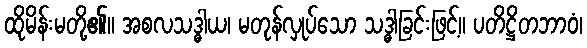
ထိုမိန်းမတို့၏။ အစလသဒ္ဓါယ၊ မတုန်လှုပ်သော သဒ္ဓါခြင်းဖြင့်။ ပတိဋ္ဌိတဘာဝံ၊